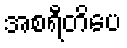
အစရီတိပေ